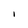
Character: i